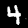
Label: 4